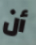
أن